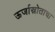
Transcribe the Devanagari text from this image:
ऊर्जास्रोताचा